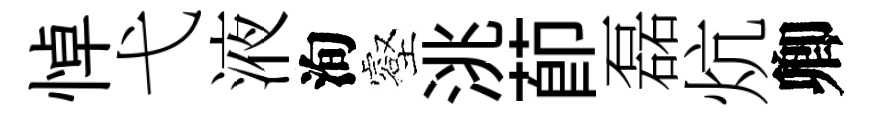
悼弋液洵壑洮莭磊炕卿